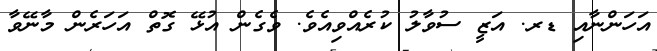
އަހަންނާއި ޑރ. އަޒީ ސުވާލު ކުރެއްވިއެވެ. ވެގެން އުޅޭ ގޮތް އަހަރެން މާނޭވާ